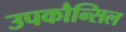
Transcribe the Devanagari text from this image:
उपकौन्सिल